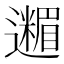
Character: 𮟟